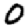
Digit: 0